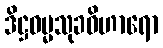
ဒိဋ္ဌဓမ္မသုခဝိဟာရော